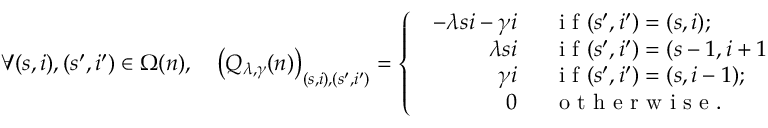
\forall ( s , i ) , ( s ^ { \prime } , i ^ { \prime } ) \in \Omega ( n ) , \quad \left( Q _ { \lambda , \gamma } ( n ) \right) _ { ( s , i ) , ( s ^ { \prime } , i ^ { \prime } ) } = \left\{ \begin{array} { l l } { \begin{array} { r l } { - \lambda s i - \gamma i \; \; } & { { } \mathrm { ~ i ~ f ~ } ( s ^ { \prime } , i ^ { \prime } ) = ( s , i ) ; } \\ { \lambda s i \; \; } & { { } \mathrm { ~ i ~ f ~ } ( s ^ { \prime } , i ^ { \prime } ) = ( s - 1 , i + 1 ) ; } \\ { \gamma i \; \; } & { { } \mathrm { ~ i ~ f ~ } ( s ^ { \prime } , i ^ { \prime } ) = ( s , i - 1 ) ; } \\ { 0 \; \; } & { { } \mathrm { ~ o ~ t ~ h ~ e ~ r ~ w ~ i ~ s ~ e ~ . ~ } } \end{array} } \end{array} \right.